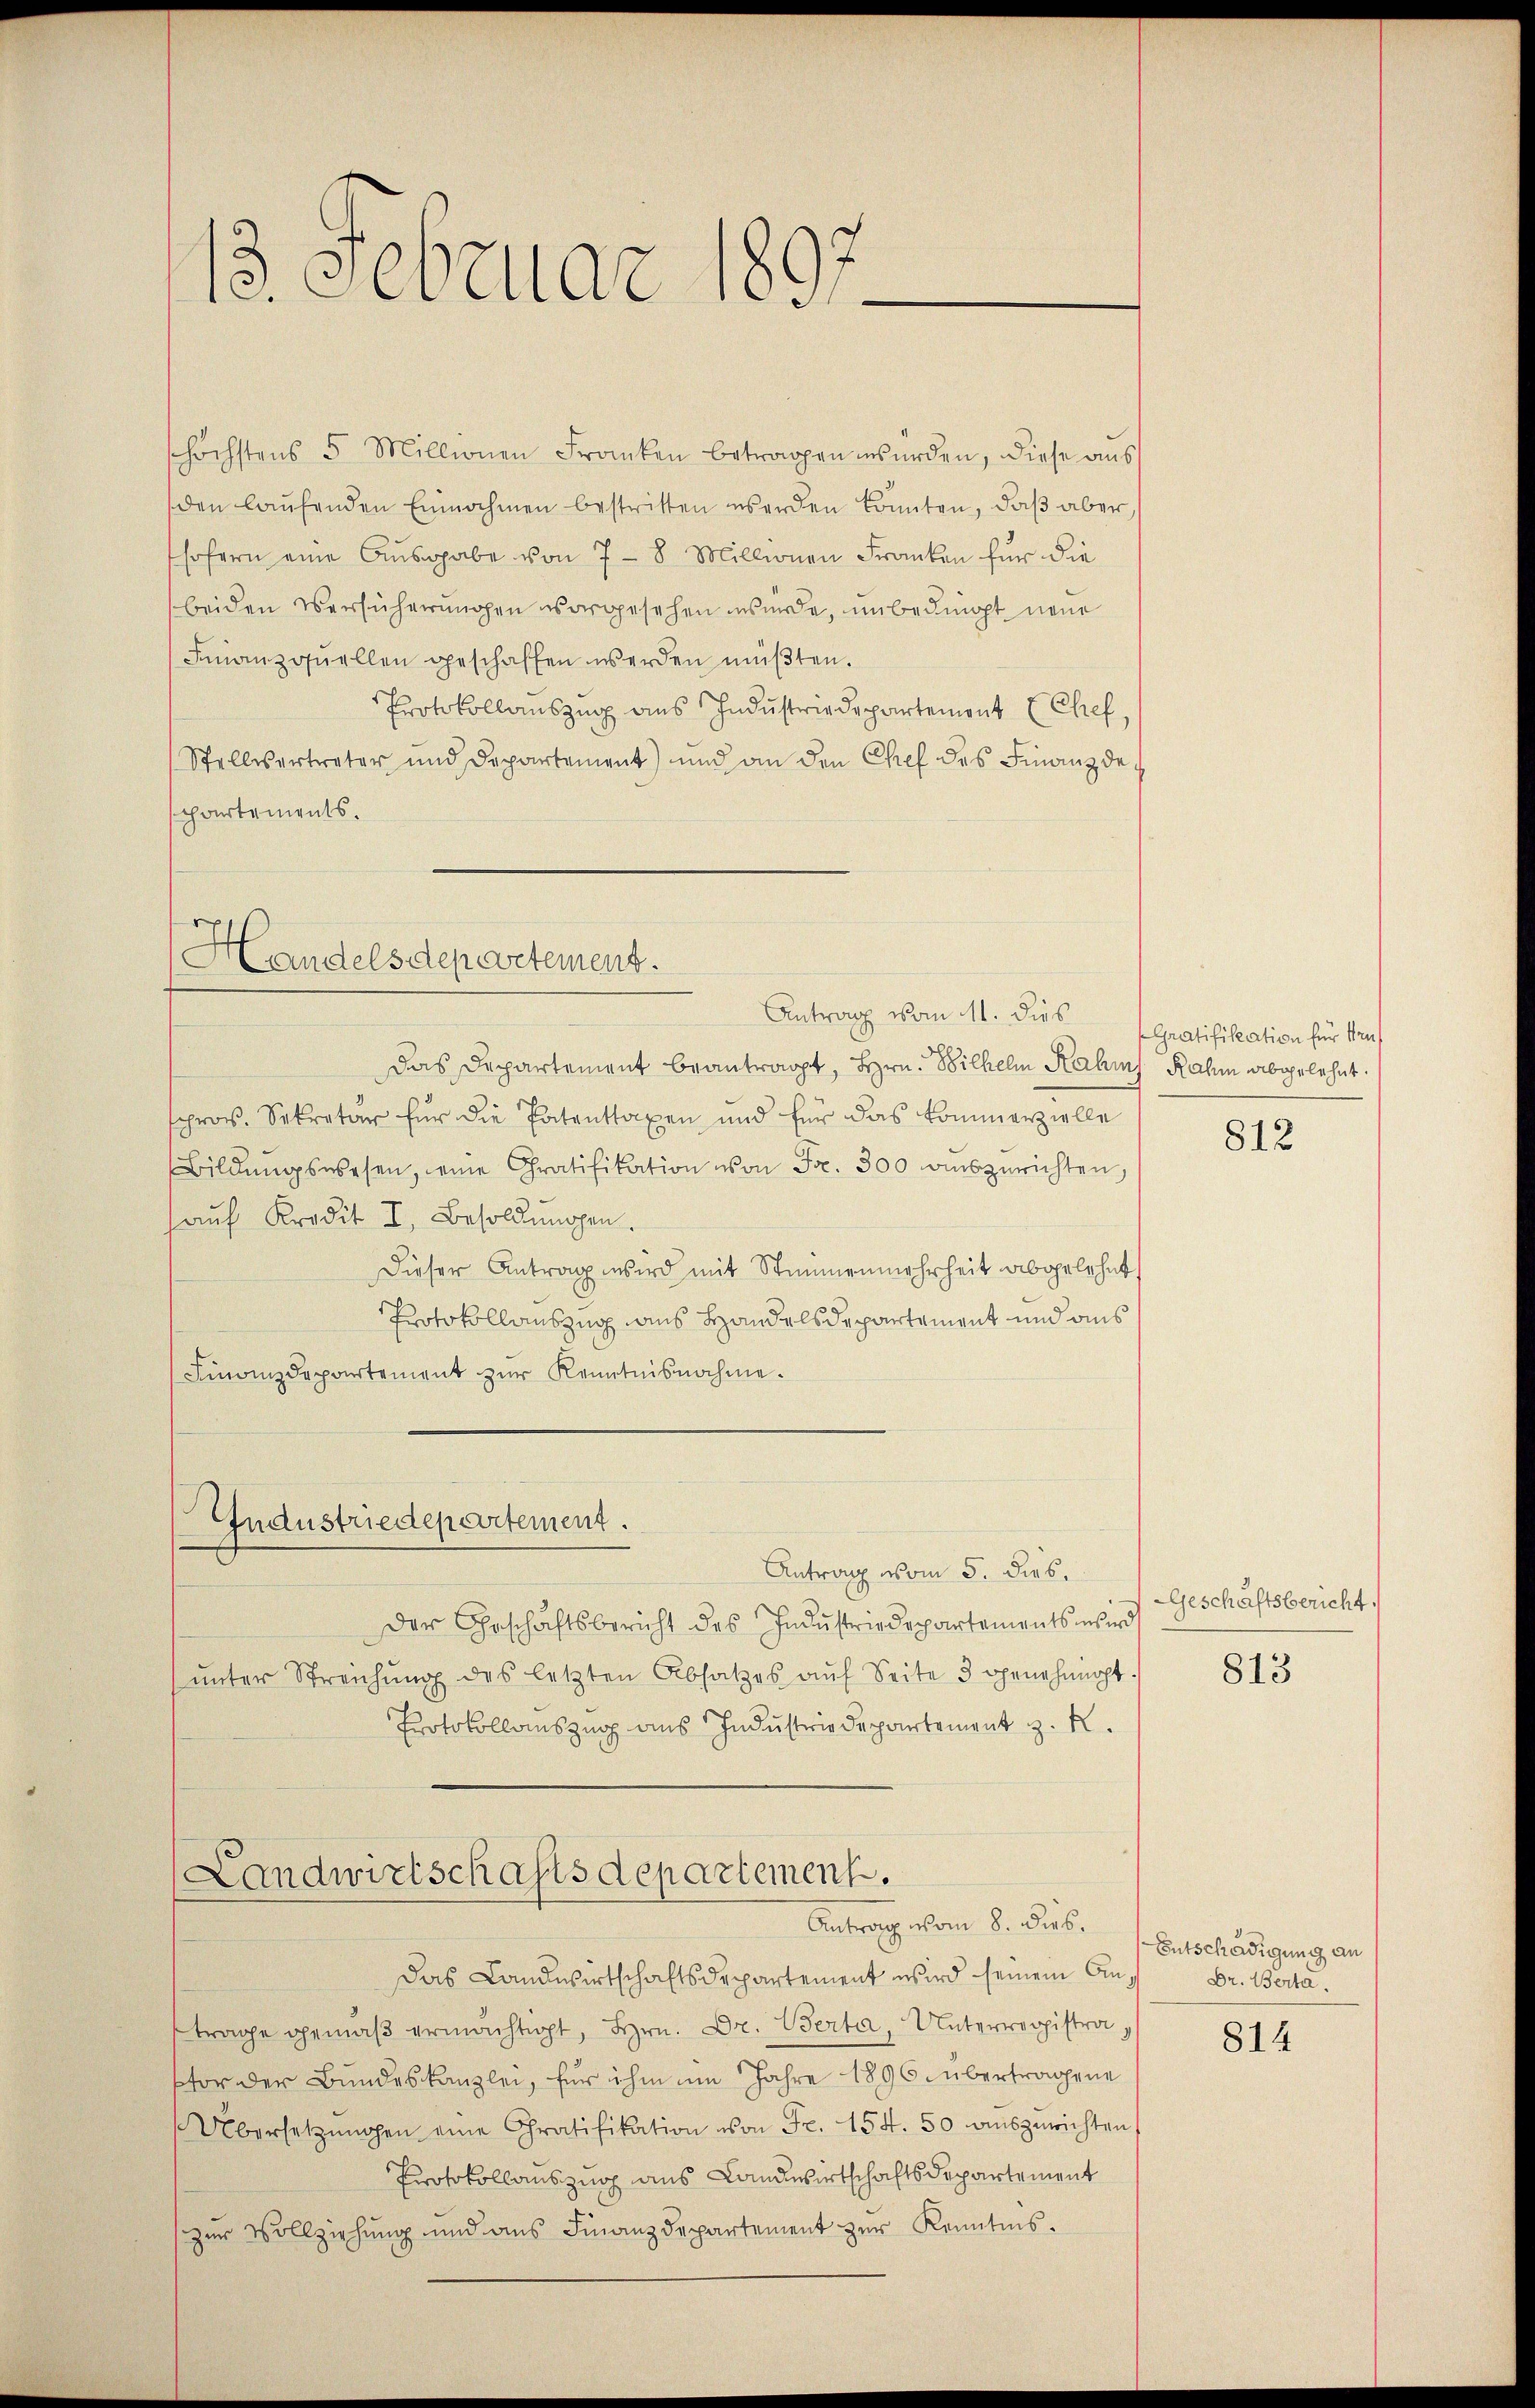
höchstens 5 Millionen Franken betragen würden, diese aŭs
den laŭfenden Einnahmen bestritten werden könnten, daβ aber
sofern eine Ausgabe von 7 — 8 Millionen Franken für die
beiden Versicherungen vorgesehen wurde, unbedingt neue
Finanzqŭellen geschaffen werden müßten.
Protokollauszug aus Industriedepartement Chef
Stellisertreter und Departement) und an den Chef des Finanzde
spartements.

13. Februar u.

Handelsdepartement.

das Departement beantragt, Hrn. Wilhelm Kalins Rahm abgelehnt.
spros. Sekretär für die Patenttaxen und für das kommerzielle
Bildŭngswesen, eine Gratifikation von Fr. 300 auszurichten,
auf Kredit I. Besoldungen.
Dieser Antrag wird mit Stimmenmehrheit abgelehnt
Protokollauszug aus Handelsdepartement und aus
Finanzdepartement zŭr Kenntnisnahme.

Industriedepartement.

Antrag vom 11. dies Gratifikation für dens

Antrag vom 5. dies.
der Geschäftsbericht des Indŭstriedepartements wird
ŭnter Streichŭng des letzten Absatzes aŭf Seite 3 genehmigt.
Protokollauszug aus Industrie Departement z. R.

Landwirtschaftsdepartement.
Antrag vom 8. dies.

Das Landwirtschaftsdepartement wird seinem Anftrage gemäβ ermächtigt, Hrn. Dr. Berta, Unterregistraptor der Bundeskanzlei, für ihm im Jahre 1896 übertragene
Übersetzŭngen eine Gratifikation von Fr. 154. 50 auszurichten
Protokollauszug aus Landwirtschaftsdepartement
zur Vollziehung und aus Finanzdepartement zur Kenntnis.

812

Geschäftsbericht.

813

Entschädigung an
Dr. Berta.

814